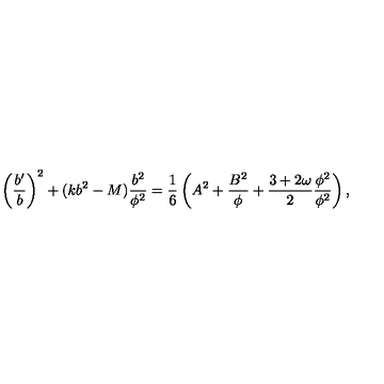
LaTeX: \left( { \frac { b ^ { \prime } } { b } } \right) ^ { 2 } + ( k b ^ { 2 } - M ) { \frac { b ^ { 2 } } { \phi ^ { 2 } } } = { \frac { 1 } { 6 } } \left( A ^ { 2 } + { \frac { B ^ { 2 } } { \phi } } + { \frac { 3 + 2 \omega } { 2 } } { \frac { \phi ^ { 2 } } { \phi ^ { 2 } } } \right) ,